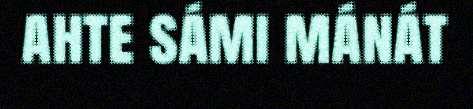
ahte sámi mánát